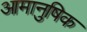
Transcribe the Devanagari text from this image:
आमानुषिक